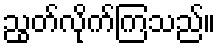
ညွတ်လိုက်ကြသည်။